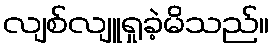
လျစ်လျူရှုခဲ့မိသည်။